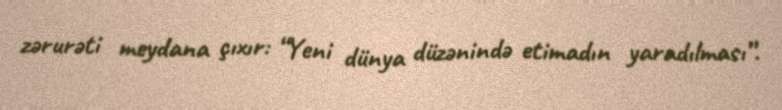
zərurəti meydana çıxır: “Yeni dünya düzənində etimadın yaradılması”.